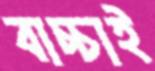
বাচ্চাই